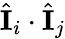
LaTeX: \hat{\mathbf{I}}_{i}\cdot\hat{\mathbf{I}}_{j}